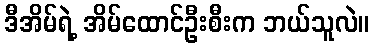
ဒီအိမ်ရဲ့ အိမ်ထောင်ဦးစီးက ဘယ်သူလဲ။